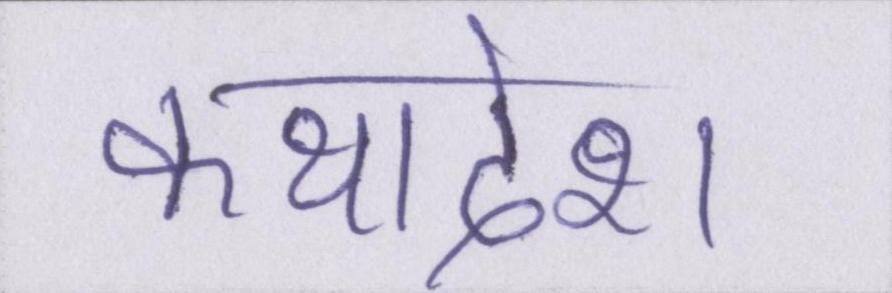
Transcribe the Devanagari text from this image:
कथादेश